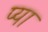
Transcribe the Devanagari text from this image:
प्या